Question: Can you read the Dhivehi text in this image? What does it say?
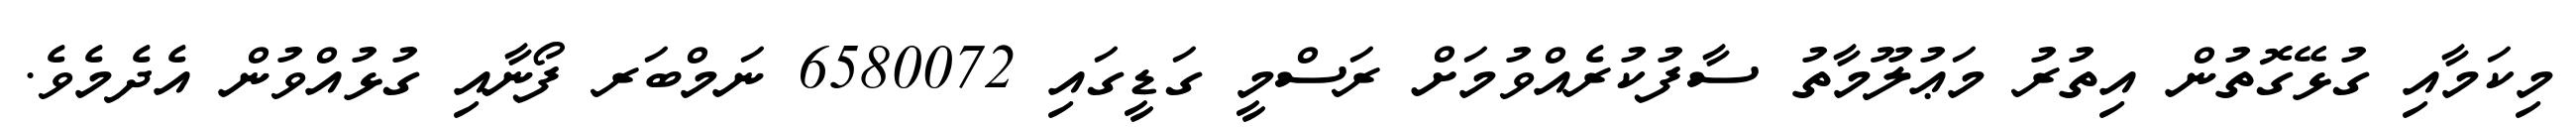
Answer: މިކަމާއި ގުޅޭގޮތުން އިތުރު މަޢުލޫމާތު ސާފުކުރެއްވުމަށް ރަސްމީ ގަޑީގައި 6580072 ނަމްބަރ ފޯނާއި ގުޅުއްވުން އެދެމެވެ.